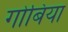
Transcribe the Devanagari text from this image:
गोबिया